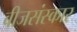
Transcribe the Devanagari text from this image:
बीजसंस्कार